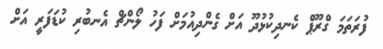
ފުރަތަމަ ގްރޫޕް ކެނދިކުޅުދޫ އަށް ގެންދިއުމަށް ފަހު ލޯންޗް އެނބުރި ކުޑަފަރީ އަށް